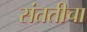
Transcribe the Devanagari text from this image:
संततीचा